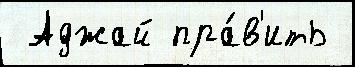
 Аджай пра́в'ить